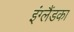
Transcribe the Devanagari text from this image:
इंग्लैंडका